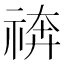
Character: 𥚙